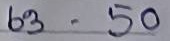
63 - 50